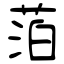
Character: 萡